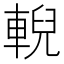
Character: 輗